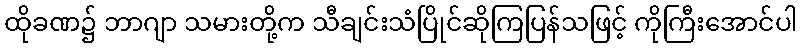
ထိုခဏ၌ ဘာဂျာ သမားတို့က သီချင်းသံပြိုင်ဆိုကြပြန်သဖြင့် ကိုကြီးအောင်ပါ